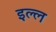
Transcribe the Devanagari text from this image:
इल्ल